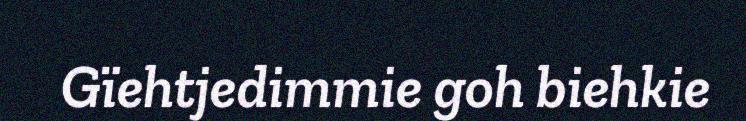
Gïehtjedimmie goh biehkie